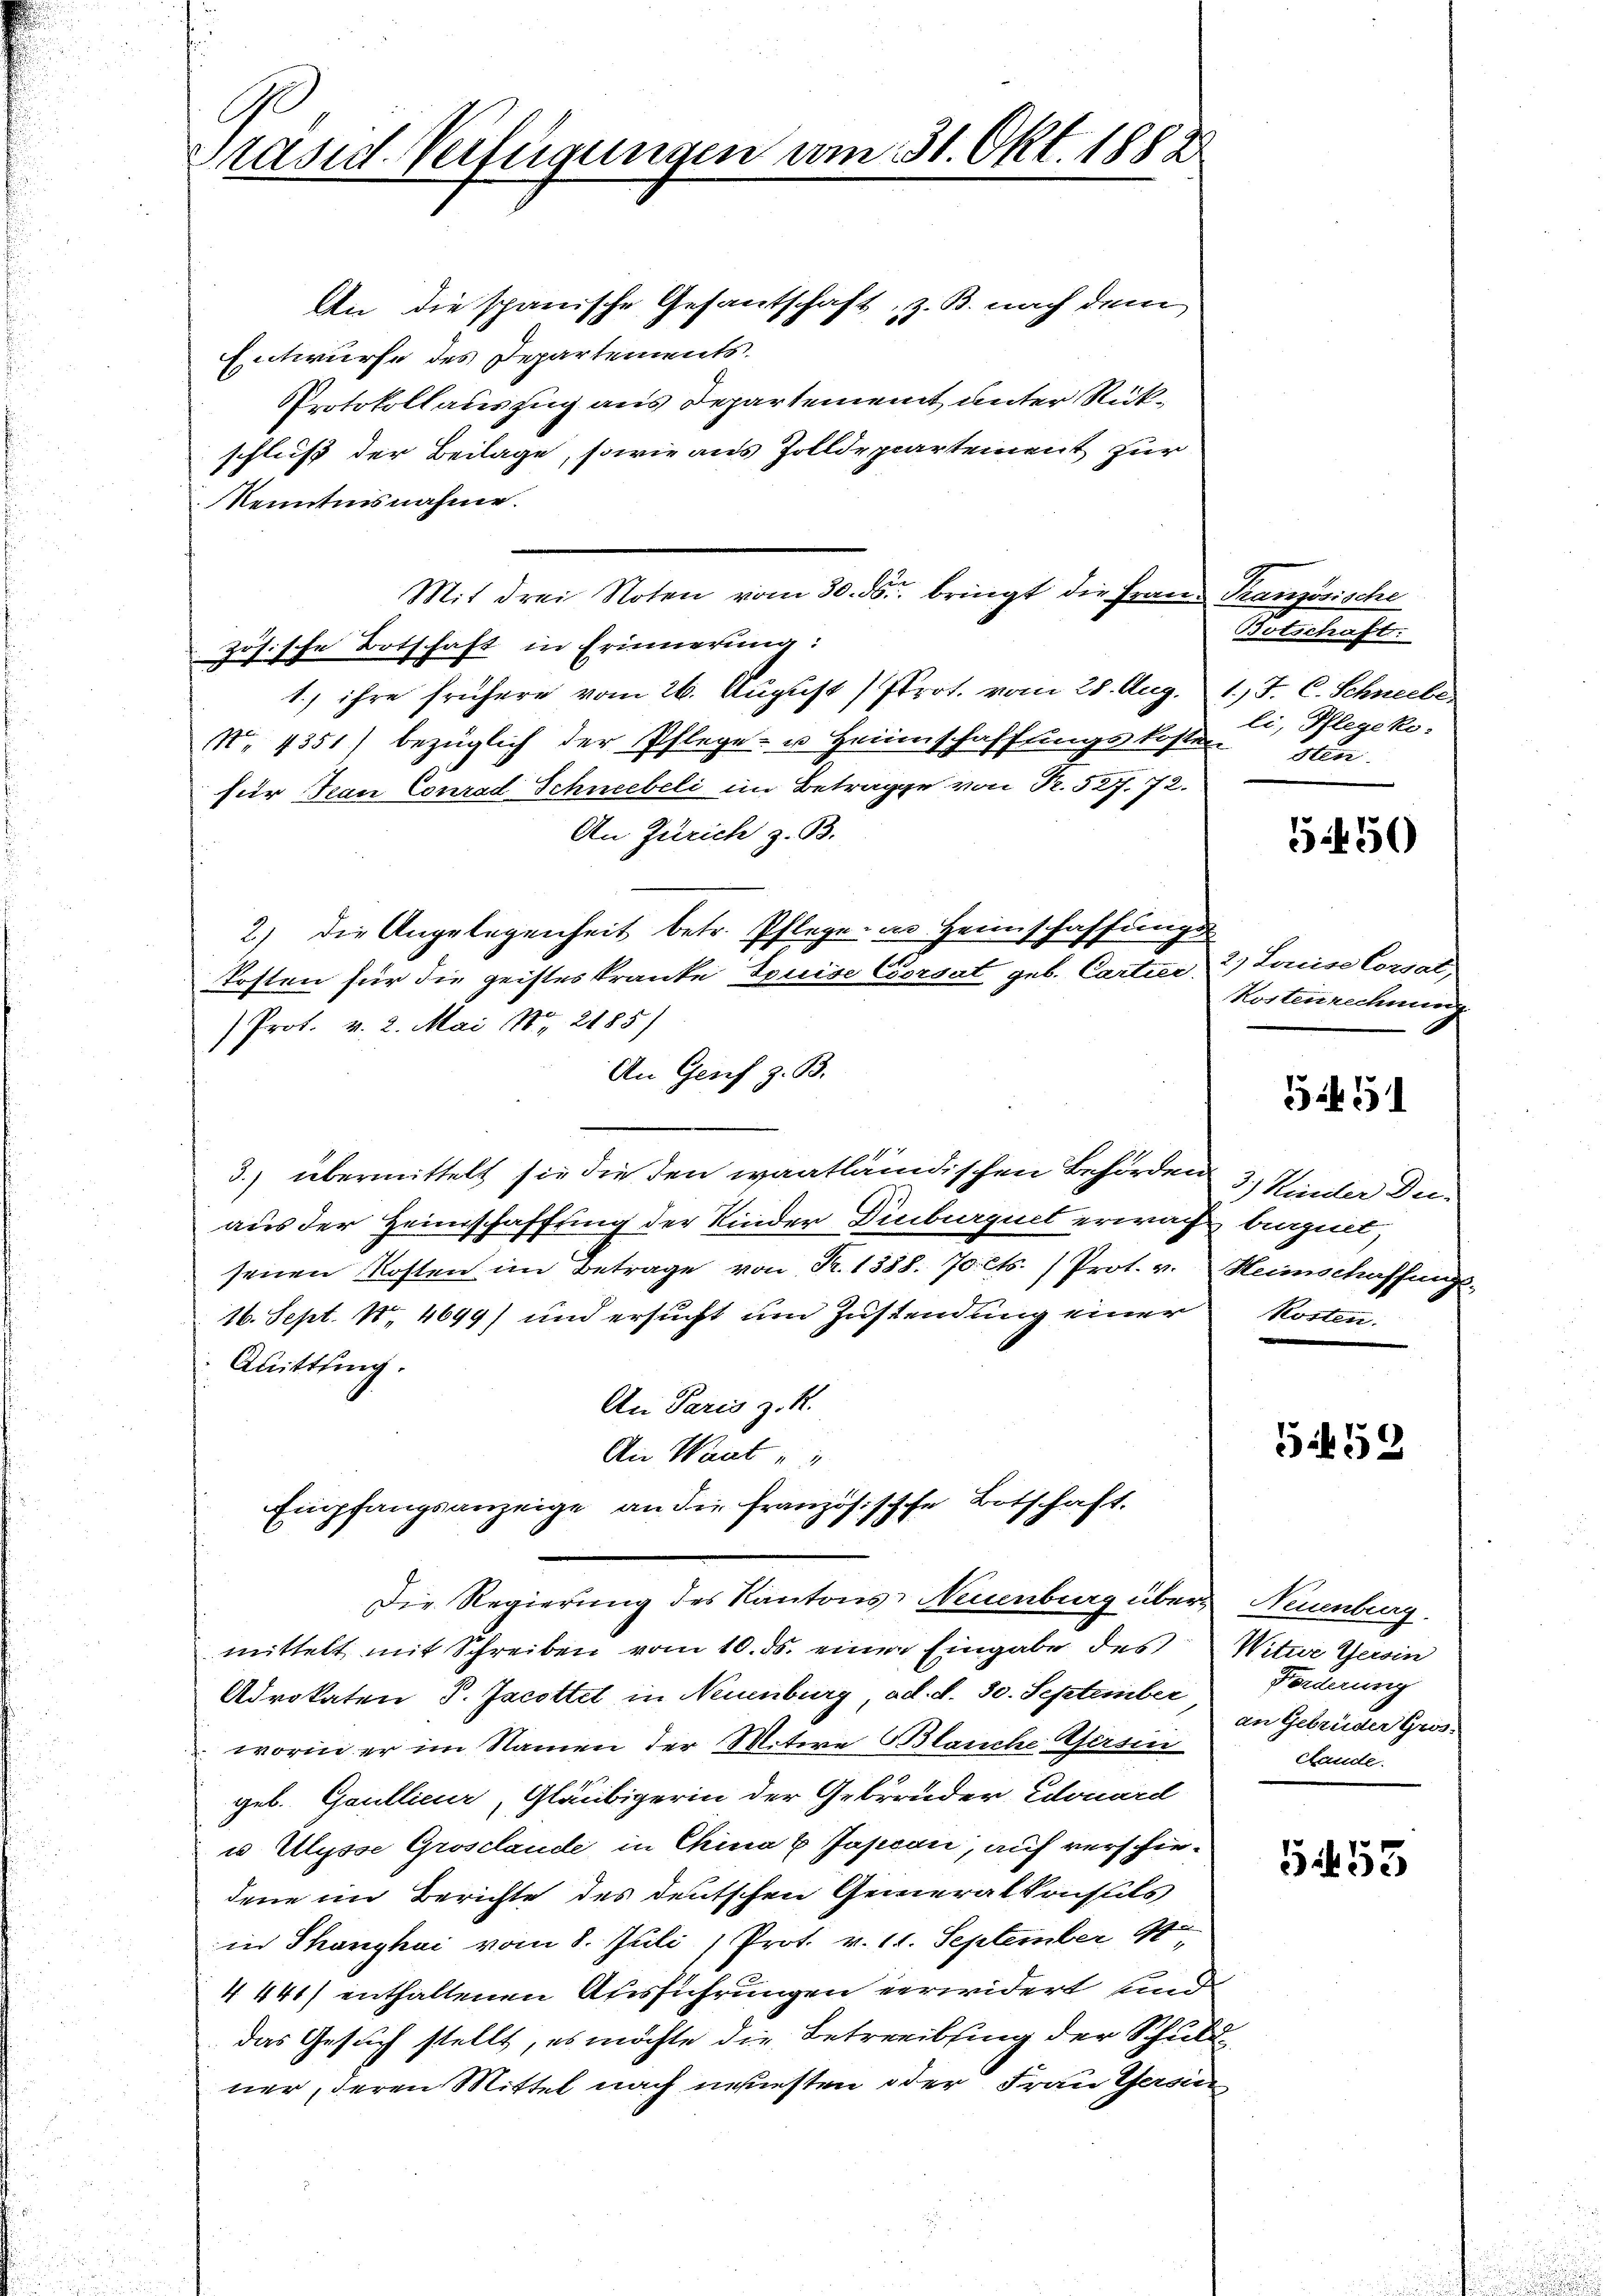
Präsid-Verfügungen am 31. Okt. 1888

An die spanische Gesantschaft, z. B. nach dem
Entwurfe des Departements
Protokollauszug aus Departement unter Rückschließ der Beilage, sowie aus Zolldepartement zur
Nenntnisnahme.
Mit drei Noten vom 30. ds. bringt die Franz Französische
zösische Botschaft in Erinnerung:
1.) ihre frühere vom 26. August Prot. vom 28. Aug. 1. J. C. Schneebe
No. 1351) bezüglich der Pflege- u Heimschaffungskosten
für Jean Conrad Schneebeli im Betrage von Fr. 527. 72.
An Zürich z. B.
2) die Angelegenheit betr. Pflege in Heimschaffungs
Kosten für die geisteskranke Touise Corsat geb. Cartier 2) Louise Cordat,
Prot. v. 2. Mai 1884 2185)
An Genf z. B.
3.) übermittelt sie die den waatländischen Behörden 3. Winter Duaus der Heinschaffung der Kinder Dinburguet erwacht bergiet,
senen Kosten im Betrage von Fr. 1388. 70 cts. (Prot. v. Heimschaffungs-
16. Sept. 18. 4699) und ersucht um Zustendung einer Kosten.
Quittling.
An Paris z. K.
An Waat u
Empfangsanzeige an die Französische Botschaft.
Die Regierung des Kantons Neuenburg über Neuenburg.
mittelt mit Schreiben vom 10. ds. eine Eingabe des Witwe Gersin
Advokaten J. Jacottel in Neuenburg ad. d. 30. September
worin er im Namen der Mitere Blanche Gersin
geb. Gaullieur, Gläubigerin der Gebrüder Edouard
u Ulysse Grosclande in China & Japan, auf verschiedene im Berichte des deutschen Generalkonsuls
in Thanghai vom 8. Juli / Prot. v. 11. September 91
4441) enthaltenen Ausführungen verwidert und
das Gesuch stellt, es möchte die Betreibung der Schuldner, deren Mittel nach neuesten oder Frau Gers

Botschaft.
li, Pflegeko
sten.

5450

Kostenrechnung.

551

5459

Forderung
an Gebrüder Grös
Stande.

5455